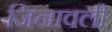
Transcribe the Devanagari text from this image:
जिनावली